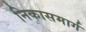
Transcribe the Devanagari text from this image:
निकासमार्ग